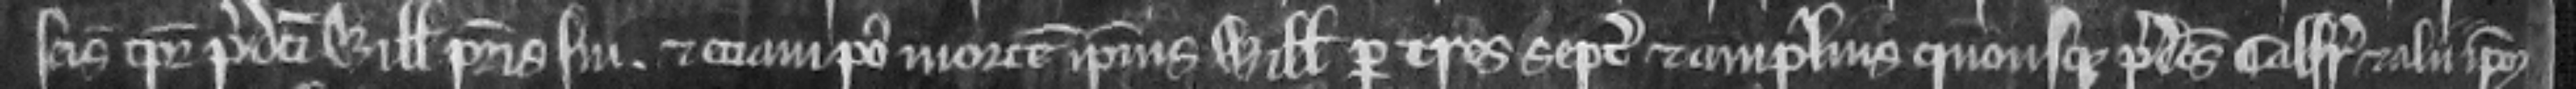
seisina tempore predicti Willelmi patris sui et eciam post mortem ipsius Willelmi per tres septimanas et amplius quousque predictus Galfridus et alii ipsum